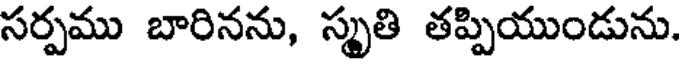
సర్పము బారినను, స్మృతి తప్పియుండును.